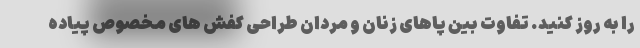
را به روز کنید. تفاوت بین پاهای زنان و مردان طراحی کفش های مخصوص پیاده